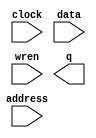
// megafunction wizard: %RAM: 1-PORT%VBB%
// GENERATION: STANDARD
// VERSION: WM1.0
// MODULE: altsyncram 

// ============================================================
// Megafunction Name(s):
// 			altsyncram
//
// Simulation Library Files(s):
// 			altera_mf
// ============================================================
// ************************************************************
// THIS IS A WIZARD-GENERATED FILE. DO NOT EDIT THIS FILE!
//
// 13.1.0 Build 162 10/23/2013 SJ Full Version
// ************************************************************

//Copyright (C) 1991-2013 Altera Corporation
//Your use of Altera Corporation's design tools, logic functions 
//and other software and tools, and its AMPP partner logic 
//functions, and any output files from any of the foregoing 
//(including device programming or simulation files), and any 
//associated documentation or information are expressly subject 
//to the terms and conditions of the Altera Program License 
//Subscription Agreement, Altera MegaCore Function License 
//Agreement, or other applicable license agreement, including, 
//without limitation, that your use is for the sole purpose of 
//programming logic devices manufactured by Altera and sold by 
//Altera or its authorized distributors.  Please refer to the 
//applicable agreement for further details.

module RAM_1PORT_OLD (
	address,
	clock,
	data,
	wren,
	q);

	input	[9:0]  address;
	input	  clock;
	input	[7:0]  data;
	input	  wren;
	output	[7:0]  q;
`ifndef ALTERA_RESERVED_QIS
// synopsys translate_off
`endif
	tri1	  clock;
`ifndef ALTERA_RESERVED_QIS
// synopsys translate_on
`endif

endmodule

// ============================================================
// CNX file retrieval info
// ============================================================
// Retrieval info: PRIVATE: ADDRESSSTALL_A NUMERIC "0"
// Retrieval info: PRIVATE: AclrAddr NUMERIC "0"
// Retrieval info: PRIVATE: AclrByte NUMERIC "0"
// Retrieval info: PRIVATE: AclrData NUMERIC "0"
// Retrieval info: PRIVATE: AclrOutput NUMERIC "0"
// Retrieval info: PRIVATE: BYTE_ENABLE NUMERIC "0"
// Retrieval info: PRIVATE: BYTE_SIZE NUMERIC "8"
// Retrieval info: PRIVATE: BlankMemory NUMERIC "1"
// Retrieval info: PRIVATE: CLOCK_ENABLE_INPUT_A NUMERIC "0"
// Retrieval info: PRIVATE: CLOCK_ENABLE_OUTPUT_A NUMERIC "0"
// Retrieval info: PRIVATE: Clken NUMERIC "0"
// Retrieval info: PRIVATE: DataBusSeparated NUMERIC "1"
// Retrieval info: PRIVATE: IMPLEMENT_IN_LES NUMERIC "0"
// Retrieval info: PRIVATE: INIT_FILE_LAYOUT STRING "PORT_A"
// Retrieval info: PRIVATE: INIT_TO_SIM_X NUMERIC "0"
// Retrieval info: PRIVATE: INTENDED_DEVICE_FAMILY STRING "Cyclone V"
// Retrieval info: PRIVATE: JTAG_ENABLED NUMERIC "1"
// Retrieval info: PRIVATE: JTAG_ID STRING "ROLD"
// Retrieval info: PRIVATE: MAXIMUM_DEPTH NUMERIC "0"
// Retrieval info: PRIVATE: MIFfilename STRING ""
// Retrieval info: PRIVATE: NUMWORDS_A NUMERIC "1024"
// Retrieval info: PRIVATE: RAM_BLOCK_TYPE NUMERIC "0"
// Retrieval info: PRIVATE: READ_DURING_WRITE_MODE_PORT_A NUMERIC "3"
// Retrieval info: PRIVATE: RegAddr NUMERIC "1"
// Retrieval info: PRIVATE: RegData NUMERIC "1"
// Retrieval info: PRIVATE: RegOutput NUMERIC "0"
// Retrieval info: PRIVATE: SYNTH_WRAPPER_GEN_POSTFIX STRING "0"
// Retrieval info: PRIVATE: SingleClock NUMERIC "1"
// Retrieval info: PRIVATE: UseDQRAM NUMERIC "1"
// Retrieval info: PRIVATE: WRCONTROL_ACLR_A NUMERIC "0"
// Retrieval info: PRIVATE: WidthAddr NUMERIC "10"
// Retrieval info: PRIVATE: WidthData NUMERIC "8"
// Retrieval info: PRIVATE: rden NUMERIC "0"
// Retrieval info: LIBRARY: altera_mf altera_mf.altera_mf_components.all
// Retrieval info: CONSTANT: CLOCK_ENABLE_INPUT_A STRING "BYPASS"
// Retrieval info: CONSTANT: CLOCK_ENABLE_OUTPUT_A STRING "BYPASS"
// Retrieval info: CONSTANT: INTENDED_DEVICE_FAMILY STRING "Cyclone V"
// Retrieval info: CONSTANT: LPM_HINT STRING "ENABLE_RUNTIME_MOD=YES,INSTANCE_NAME=ROLD"
// Retrieval info: CONSTANT: LPM_TYPE STRING "altsyncram"
// Retrieval info: CONSTANT: NUMWORDS_A NUMERIC "1024"
// Retrieval info: CONSTANT: OPERATION_MODE STRING "SINGLE_PORT"
// Retrieval info: CONSTANT: OUTDATA_ACLR_A STRING "NONE"
// Retrieval info: CONSTANT: OUTDATA_REG_A STRING "UNREGISTERED"
// Retrieval info: CONSTANT: POWER_UP_UNINITIALIZED STRING "FALSE"
// Retrieval info: CONSTANT: READ_DURING_WRITE_MODE_PORT_A STRING "NEW_DATA_NO_NBE_READ"
// Retrieval info: CONSTANT: WIDTHAD_A NUMERIC "10"
// Retrieval info: CONSTANT: WIDTH_A NUMERIC "8"
// Retrieval info: CONSTANT: WIDTH_BYTEENA_A NUMERIC "1"
// Retrieval info: USED_PORT: address 0 0 10 0 INPUT NODEFVAL "address[9..0]"
// Retrieval info: USED_PORT: clock 0 0 0 0 INPUT VCC "clock"
// Retrieval info: USED_PORT: data 0 0 8 0 INPUT NODEFVAL "data[7..0]"
// Retrieval info: USED_PORT: q 0 0 8 0 OUTPUT NODEFVAL "q[7..0]"
// Retrieval info: USED_PORT: wren 0 0 0 0 INPUT NODEFVAL "wren"
// Retrieval info: CONNECT: @address_a 0 0 10 0 address 0 0 10 0
// Retrieval info: CONNECT: @clock0 0 0 0 0 clock 0 0 0 0
// Retrieval info: CONNECT: @data_a 0 0 8 0 data 0 0 8 0
// Retrieval info: CONNECT: @wren_a 0 0 0 0 wren 0 0 0 0
// Retrieval info: CONNECT: q 0 0 8 0 @q_a 0 0 8 0
// Retrieval info: GEN_FILE: TYPE_NORMAL RAM_1PORT_OLD.v TRUE
// Retrieval info: GEN_FILE: TYPE_NORMAL RAM_1PORT_OLD.inc FALSE
// Retrieval info: GEN_FILE: TYPE_NORMAL RAM_1PORT_OLD.cmp FALSE
// Retrieval info: GEN_FILE: TYPE_NORMAL RAM_1PORT_OLD.bsf TRUE
// Retrieval info: GEN_FILE: TYPE_NORMAL RAM_1PORT_OLD_inst.v FALSE
// Retrieval info: GEN_FILE: TYPE_NORMAL RAM_1PORT_OLD_bb.v TRUE
// Retrieval info: LIB_FILE: altera_mf